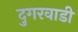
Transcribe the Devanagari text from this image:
दुगरवाडी